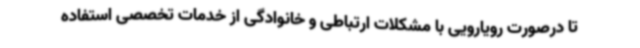
تا درصورت رویارویی با مشکلات ارتباطی و خانوادگی از خدمات تخصصی استفاده